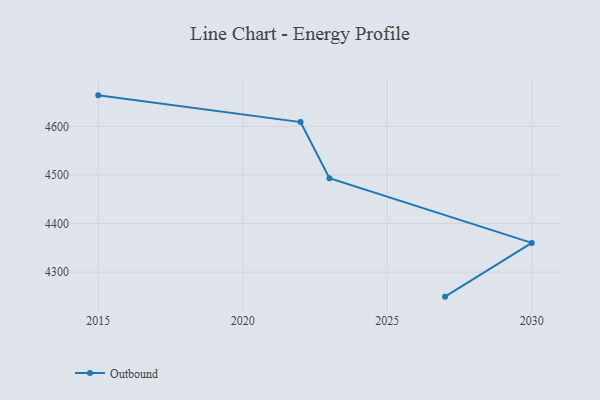
{"axis": {"x": "Year", "y": "Conversion Rate (%)"}, "legend": ["Outbound"], "data": [{"x": "2027", "y": 4249.5, "type": "Outbound"}, {"x": "2030", "y": 4360.1, "type": "Outbound"}, {"x": "2023", "y": 4493.1, "type": "Outbound"}, {"x": "2022", "y": 4608.8, "type": "Outbound"}, {"x": "2015", "y": 4663.8, "type": "Outbound"}]}